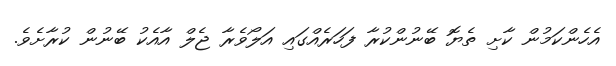
އެހެންކަމުން ކާށި ތެޔޮ ބޭނުންކުރާ ފަހަރެއްގައި އަލޯވެރާ ޖެލް އާއެކު ބޭނުން ކުރާށެވެ.